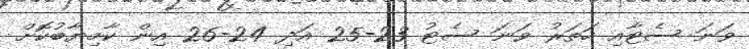
ވަނަ ސެޓާއި ހަތަރު ވަނަ ސެޓު 23-25 އަދި 24-26 އިން ކާމިޔާބުކޮށް